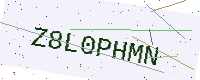
Text: Z8L0PHMN